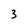
Character: 3